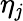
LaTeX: \eta_{\mathit{j}}